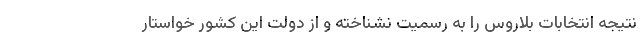
نتیجه انتخابات بلاروس را به رسمیت نشناخته و از دولت این کشور خواستار